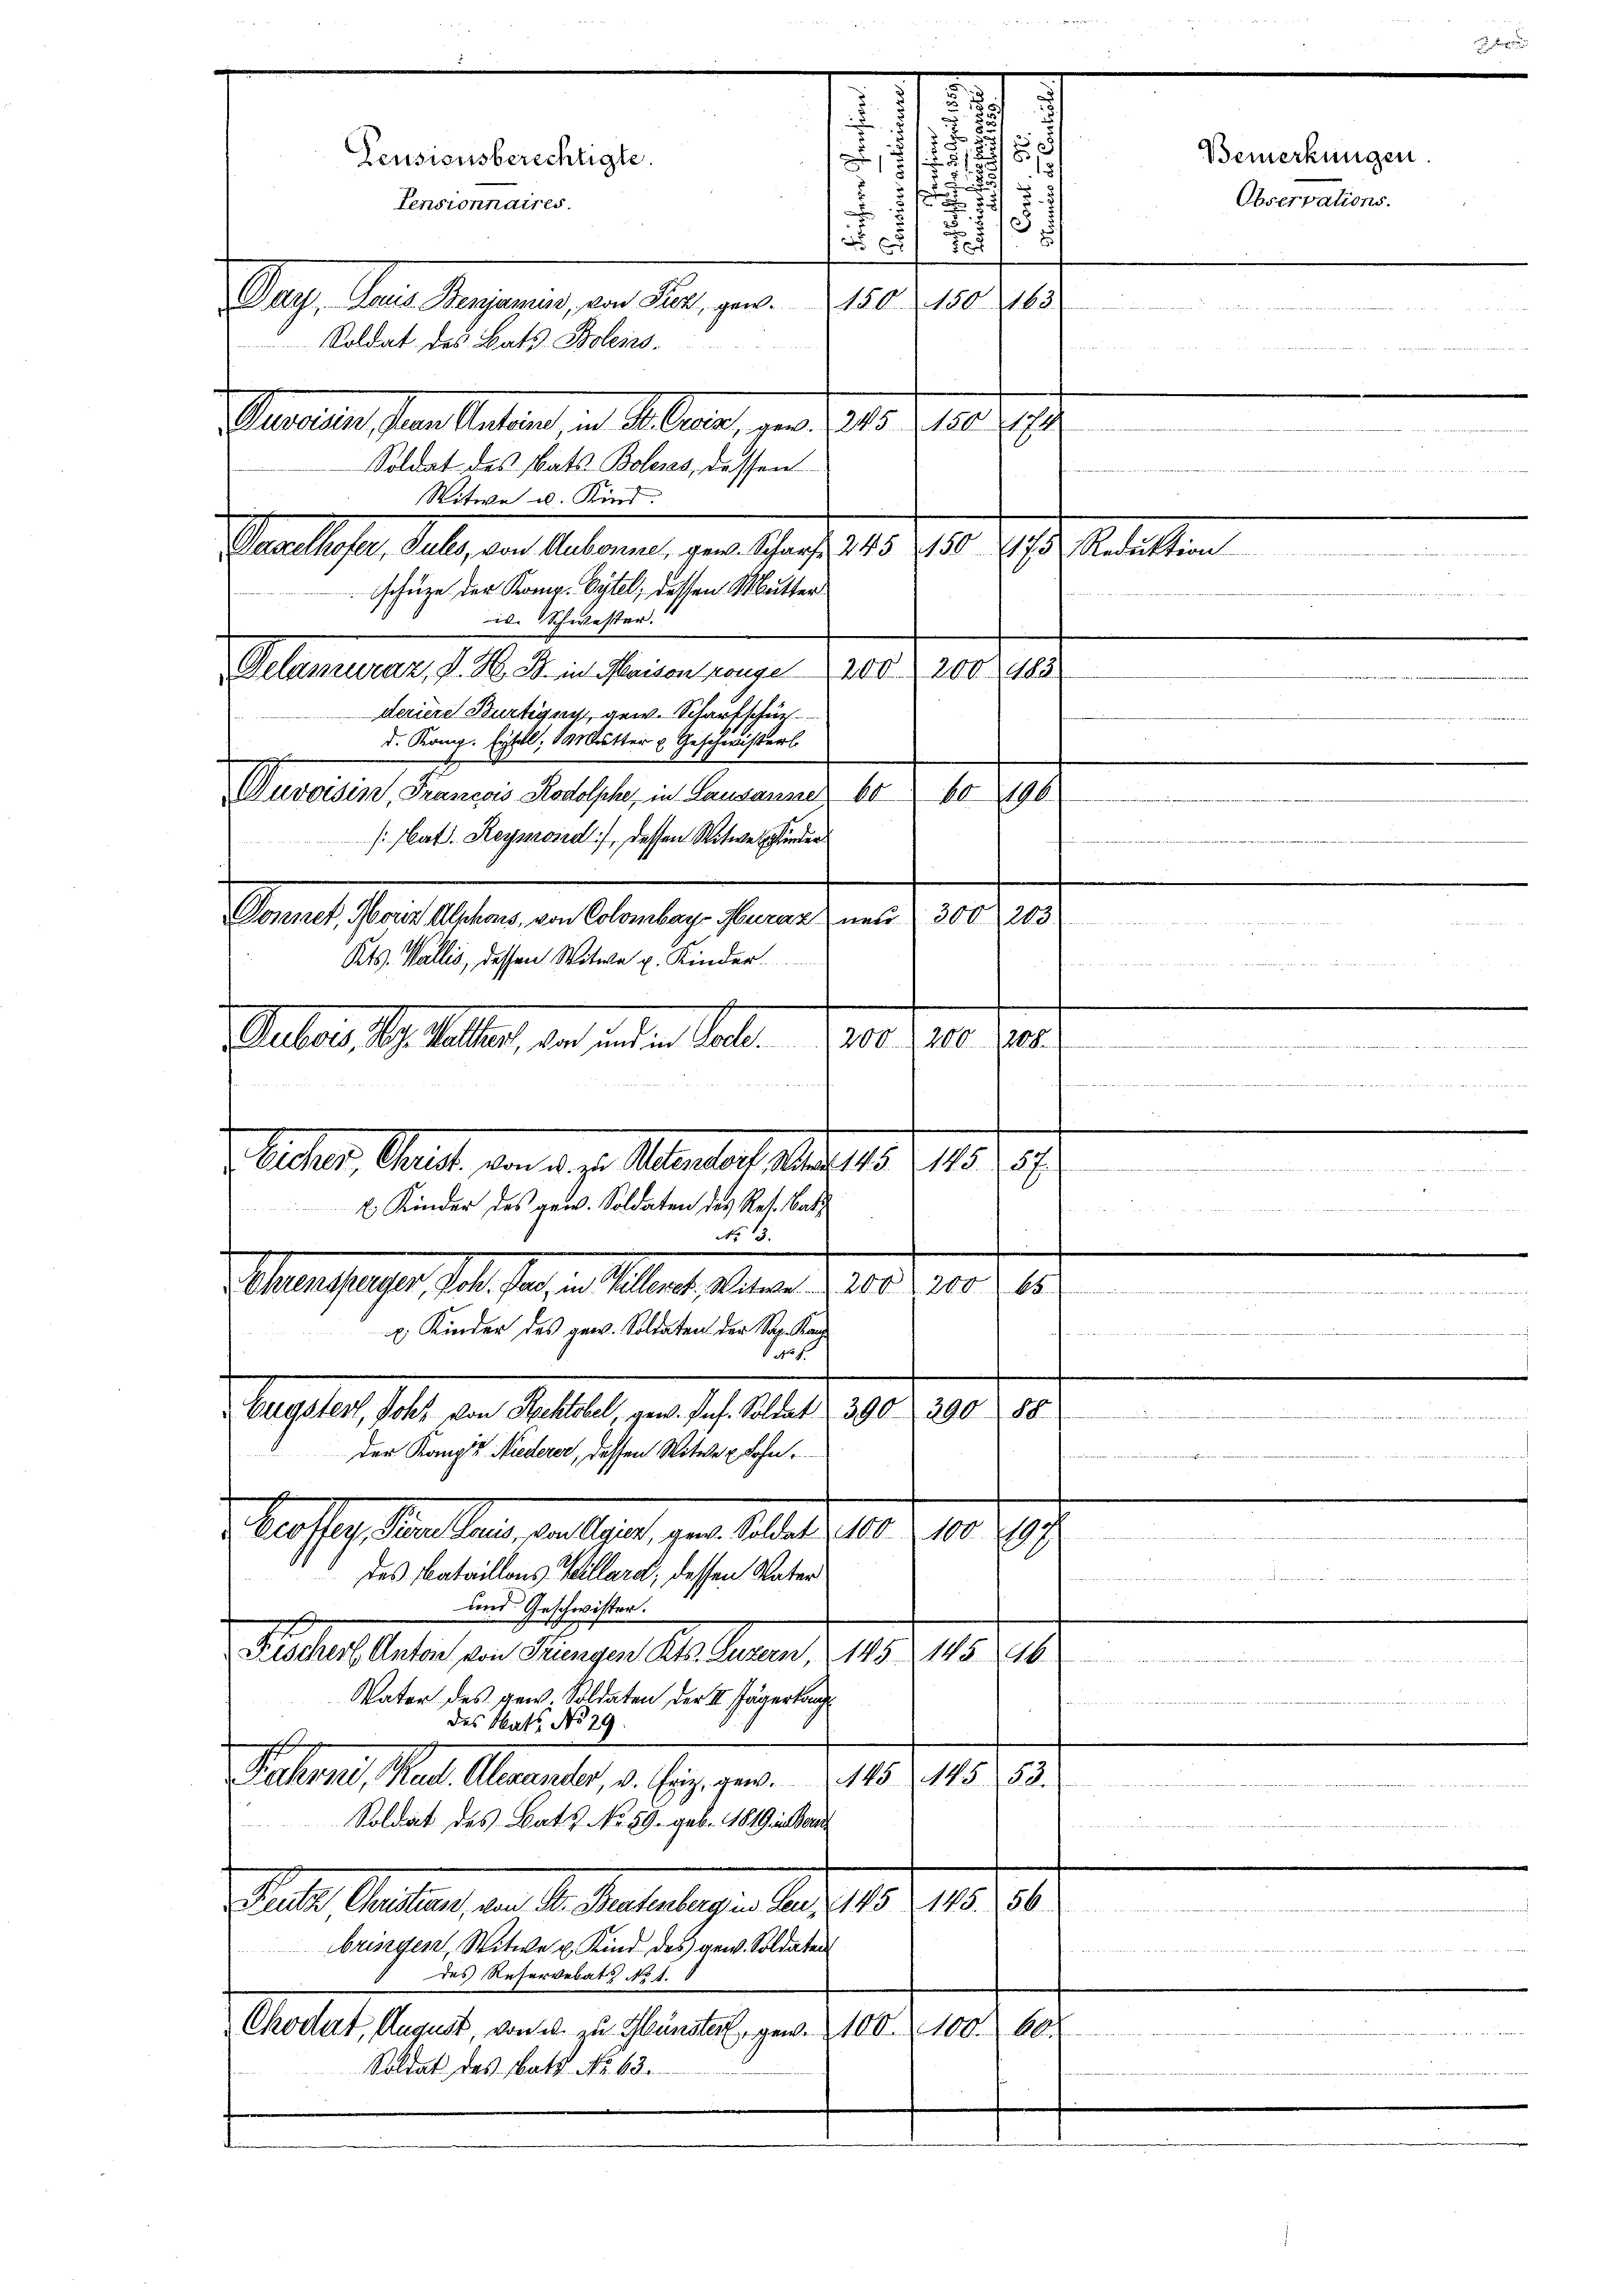
n
.
.
5
181
u
2
Pensionsberechtigte.
5)
 |
2
f
53
Pensionnaires.
x
.
2
5 x
72
150150. 163.
Mag. Der Regierung an der, pa

Soldat des Bats Bolens-
Matiles sein Sachen, in d. Mann, von 31. d. 18. 190
Soldat des Rats Bolens, dassen
Witwe u. Kind.
Reallasten Fall an Stationen, gene Schaft 18. 710. Jahre Gestalten

schüze der Komp. Oytel, dessen Mutter
id. Schwester.
Delamuraz, P. M. D. in Maison range 200 r. 200483
deriere Bürtigen gew. Scharfschütz
d. Komp. Eydell, Mutter u. Geschwister.
Duvoisin, Francois Rodolphe, in Lausanne b
60196
[lat. Reymond, dessen Witwe Kinder
Senat, fernteilten den Anlage fernen und 10. d.
Kts. Wallis, dessen Witwe u. Kinder.
Aeber, St. Galler, die anden Sal.

u
¬
Bicher, Gelegt, von d. J. Stander, Mad. 15. 215.
E Kinder des gew. Soldaten des Res. Bat
No 13.
ernhauses Joh. Ja. a. Aber einer 1815. 10. 10
E. Kinder des gew. Soldaten der Sap. Kan
45 f.
Eugster, Joh. von Rektobel, gew. Jnf. Soldat 390 290 88
ue
der Kopie Niederer, dessen Witwe Lohn.
Vertrag an der anderet, gern selber 180. 10. J
des Bataillons Kellard, dessen Vater
.
und Geschwister.
Pestalt daher von Kanzen l. Jennen, 19. 118.
A in
Vater des gew. Soldaten der II. Jägerkauf

des Mats. No 29
Rahrni, Mad. Alexander, v. Ein gew. 145. 145. 53.
Soldat des Bats No. 59. geb. 1819 in Beri
Sale Auslage, da 2. Seitenlage. Aber 185. 18. 106.
bringen, Witwe u. Kind des gew. Soldaten
.
des Reservebatt No 1. 8
Okodert, August, von zu Gunster gew. 100. 100. 600
Soldat des Watt No. 43.

m
200200-200
2.

e
ieren war eigen u

Bemerkungen.
Observations-